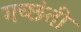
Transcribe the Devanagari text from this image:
गच्छंती